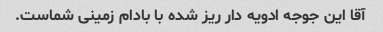
آقا این جوجه ادویه دار ریز شده با بادام زمینی شماست.